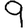
Digit: 9